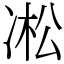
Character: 凇